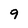
Character: 9